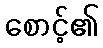
စောင့်၏